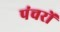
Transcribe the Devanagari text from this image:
पंचरों